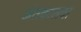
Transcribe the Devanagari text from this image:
अंतकालचा